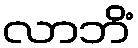
လာဘိံ